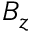
B _ { z }